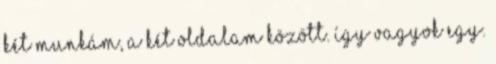
két munkám, a két oldalam között. Így vagyok egy.